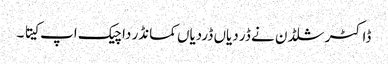
ڈاکٹر شلڈن نے ڈر دیاں ڈردیاں کمانڈر دا چیک اپ کیتا ۔